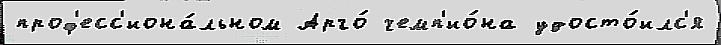
проф'есс'иона́льном Арго́ чемп'ио́на удосто́илс'я